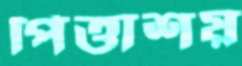
পিত্তাশয়